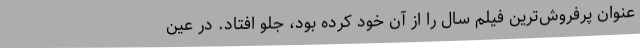
عنوان پرفروش‌ترین فیلم سال را از آن خود کرده بود، جلو افتاد. در عین